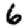
Digit: 6